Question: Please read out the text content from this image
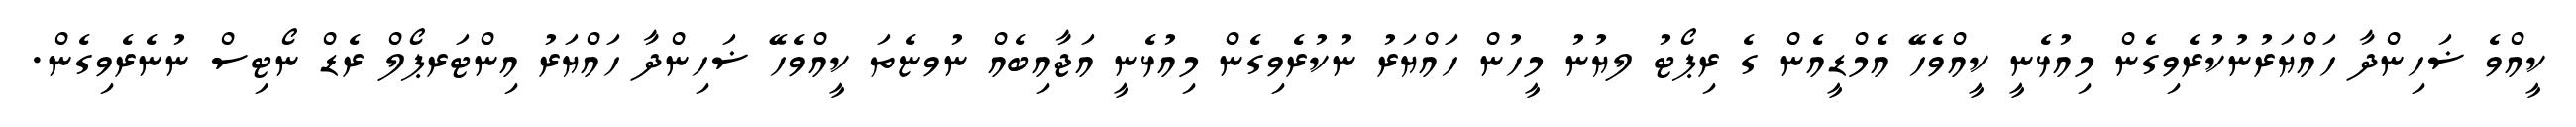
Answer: ކީއްވެ ޟަހިންދާ ހައްޔަރުނުކުރެވިގެން މިއުޅެނީ ކީއްވެހޭ އެމްޑީއެން ގެ ރިޕޯޓު ލޔުނު މީހުން ހައްޔަރު ނުކުރެވިގެން މިއުޅެނީ އަޖާއިބެއް ނުވޏެތަ ކީއްވެހޭ ޟަހިންދާ ހައްޔަރު އިންޓަރޕޯލް ރެޑް ނޯޓިސް ނުނެރެވިގެން.